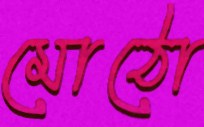
মোঠো